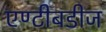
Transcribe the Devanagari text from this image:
एण्टीबडीज